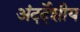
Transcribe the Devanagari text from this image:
अंदर्देशीय